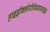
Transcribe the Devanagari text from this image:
हाइड्रोक्लोरोथियाजाइड